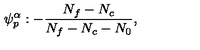
\psi _ { p } ^ { \alpha } : - \frac { N _ { f } - N _ { c } } { N _ { f } - N _ { c } - N _ { 0 } } ,